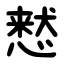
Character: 慭